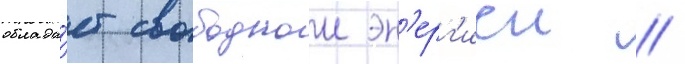
облада́ет свободнои эн'ерг'иеи //